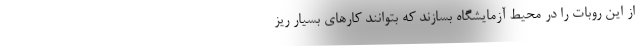
از این روبات را در محیط آزمایشگاه بسازند که بتوانند کارهای بسیار ریز